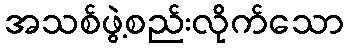
အသစ်ဖွဲ့စည်းလိုက်သော